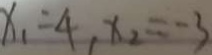
x _ { 1 } = 4 , x _ { 2 } = - 3